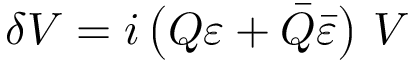
\delta V = i \left( Q \varepsilon + \bar { Q } \bar { \varepsilon } \right) \, V